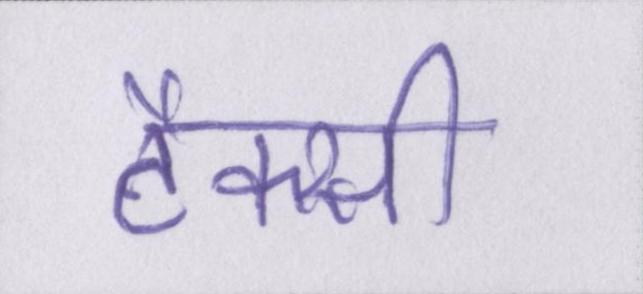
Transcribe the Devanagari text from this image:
टैक्सी